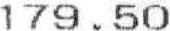
179.50